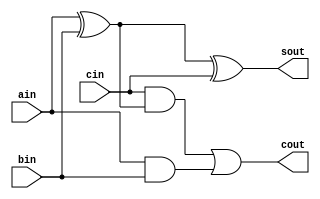
`ifndef FULL_ADDER
`define FULL_ADDER
module full_adder(
ain,bin,cin,sout,cout);

input ain,bin,cin;
output sout,cout;

wire axorb;


assign axorb=ain^bin;

assign sout=axorb ^ cin;
assign cout=(cin&axorb)|(ain&bin);

endmodule
`endif